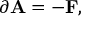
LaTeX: \partial \mathbf { A } = - \mathbf { F } ,